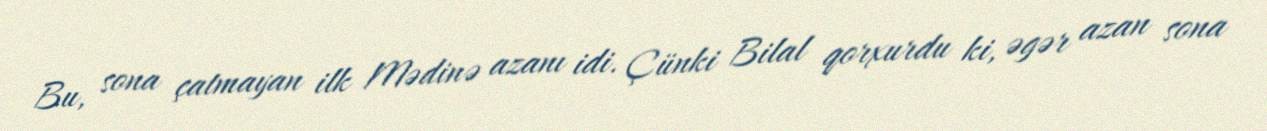
Bu, sona çatmayan ilk Mədinə azanı idi. Çünki Bilal qorxurdu ki, əgər azan sona